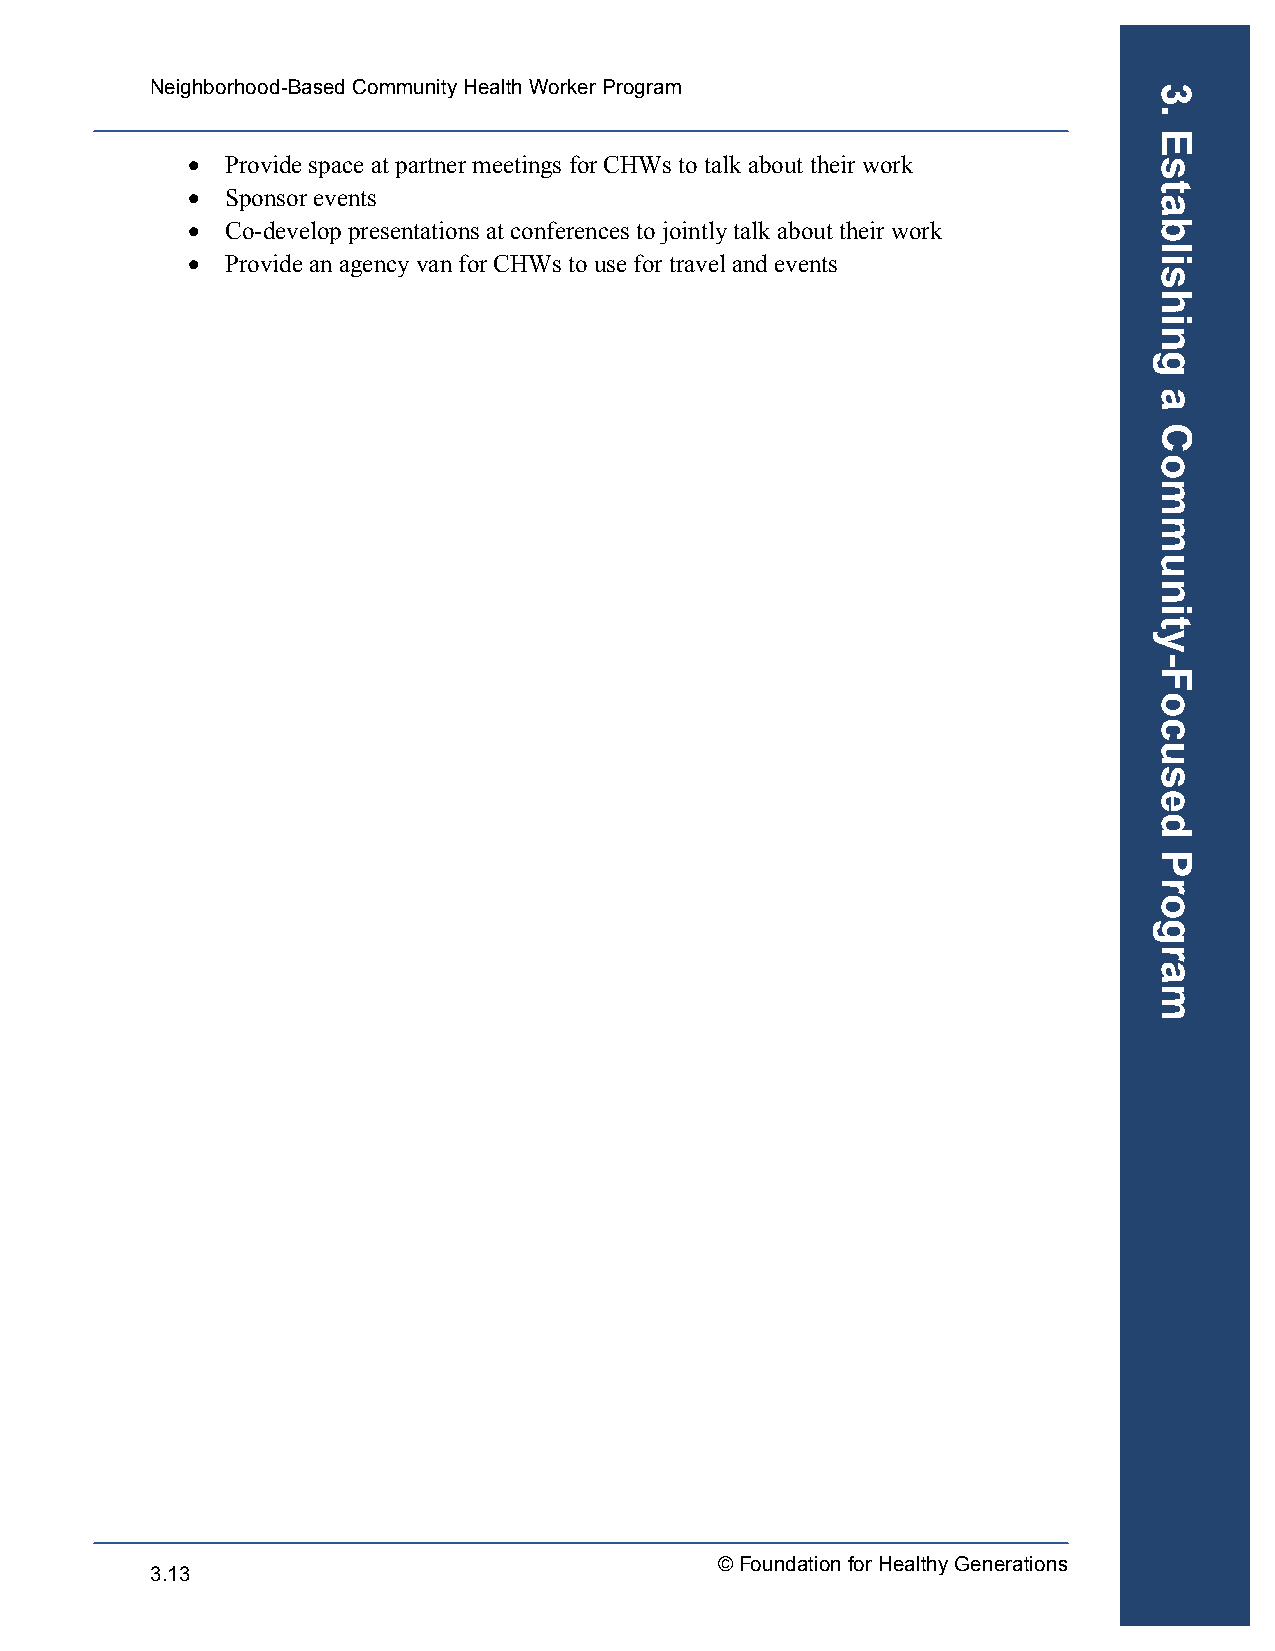
Neighborhood-Based Community Health Worker Program
 •  Provide space at partner meetings for CHWs to talk about their work
 •  Sponsor events
 •  Co-develop presentations at conferences to jointly talk about their work
 •  Provide an agency van for CHWs to use for travel and events
 © Foundation for Healthy Generations
 3.13
 3.
 Establishing
 a
 Community-Focused
 Program